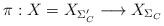
LaTeX: \begin{align*}\pi : X= X_{\Sigma_C^{\prime}} \longrightarrow X_{\Sigma_C}\end{align*}